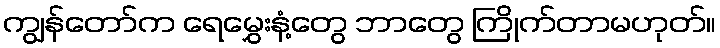
ကျွန်တော်က ရေမွှေးနံ့တွေ ဘာတွေ ကြိုက်တာမဟုတ်။